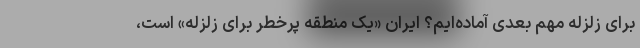
برای زلزله مهم بعدی آماده‌ایم؟ ایران «یک منطقه پرخطر برای زلزله» است،